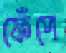
ফেঁপে